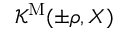
{ \mathcal K } ^ { \mathrm { M } } ( \pm \rho , X )